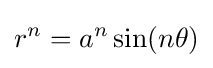
r^{n}=a^{n}\sin(n\theta )